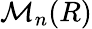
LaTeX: {\mathcal{M}}_{n}(R)